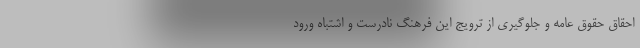
احقاق حقوق عامه و جلوگیری از ترویج این فرهنگ نادرست و اشتباه ورود